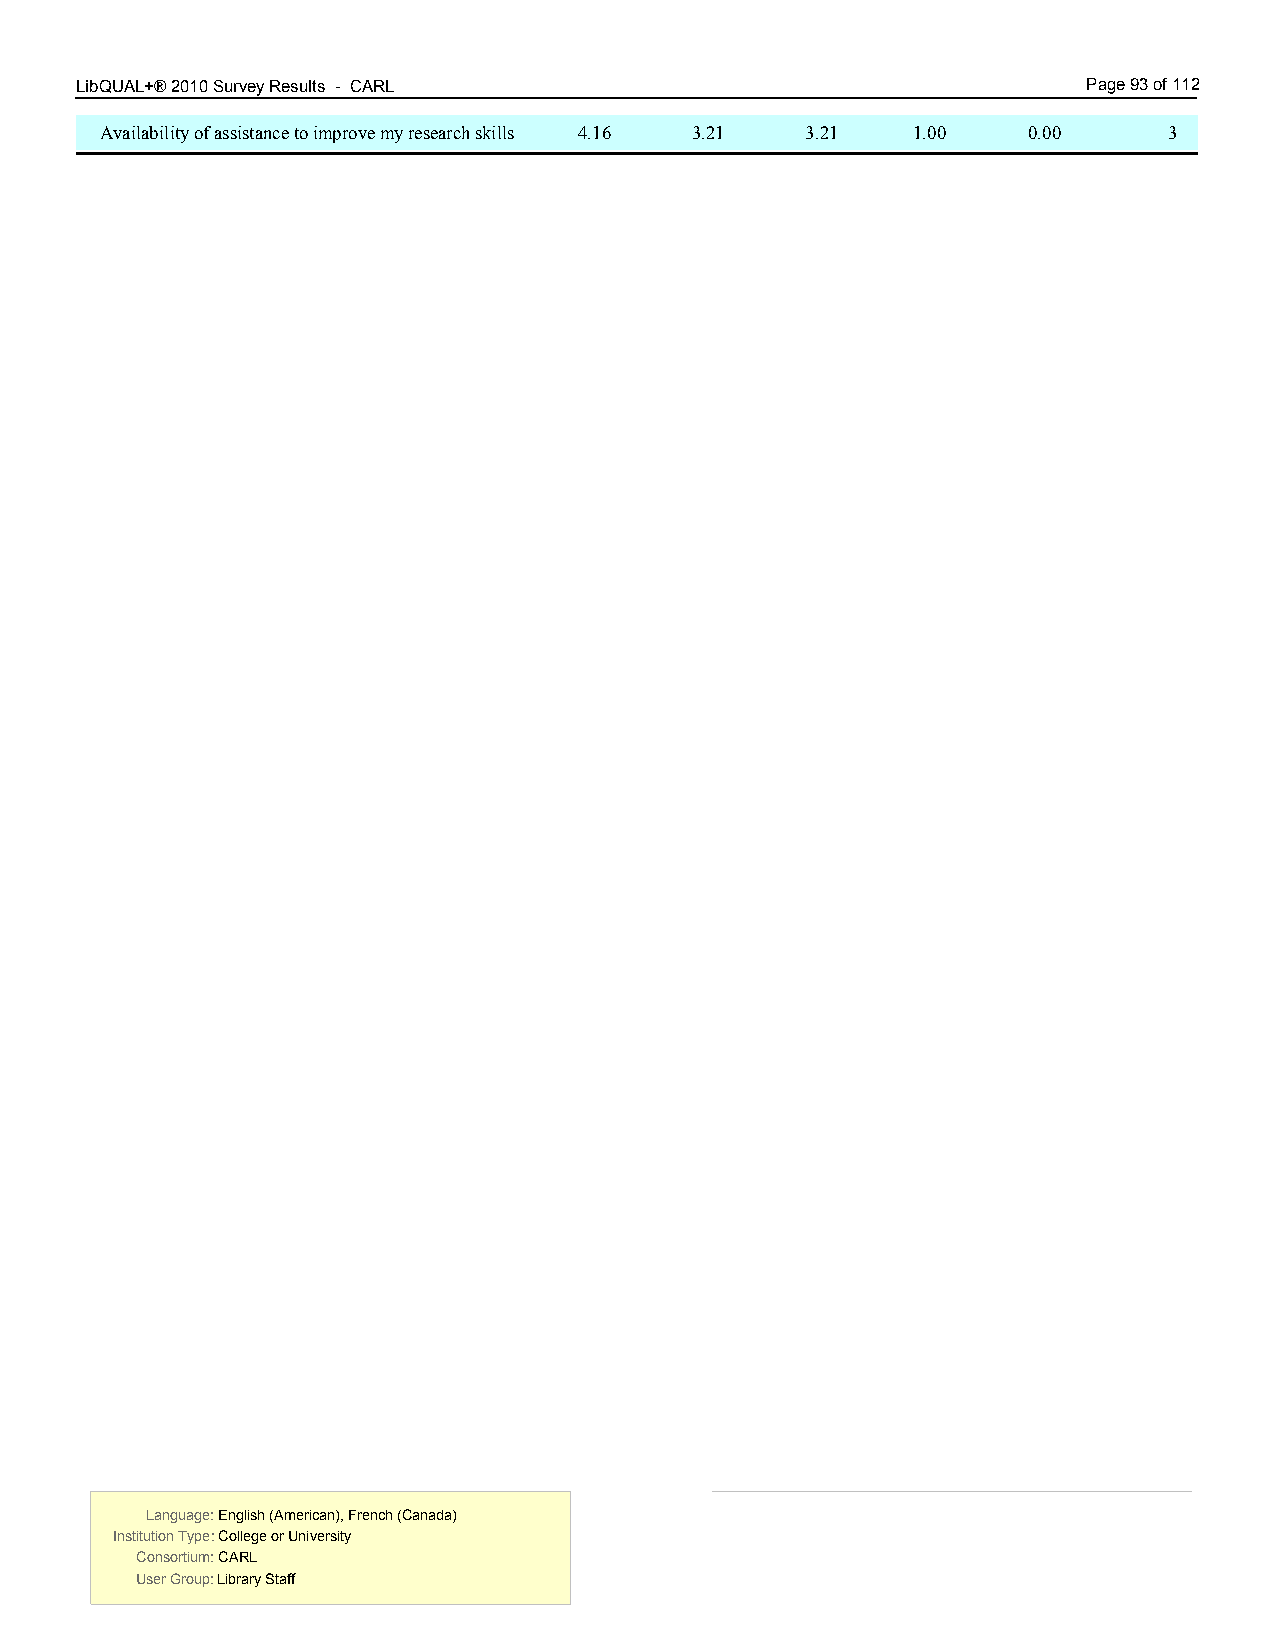
LibQUAL+® 2010 Survey Results - CARL 7.00                          Page 93 of 112
 Availability of assistance to improve my research skills 4.16 3.21 3.21 1.00 0.00 3
 Language: English (American), French (Canada) Language: English (American), French (Canada)
 Institution Type: College or University  Institution Type: College or University
 Consortium: CARL                         Consortium: CARL
 User Group: Library Staff                User Group: Library Staff